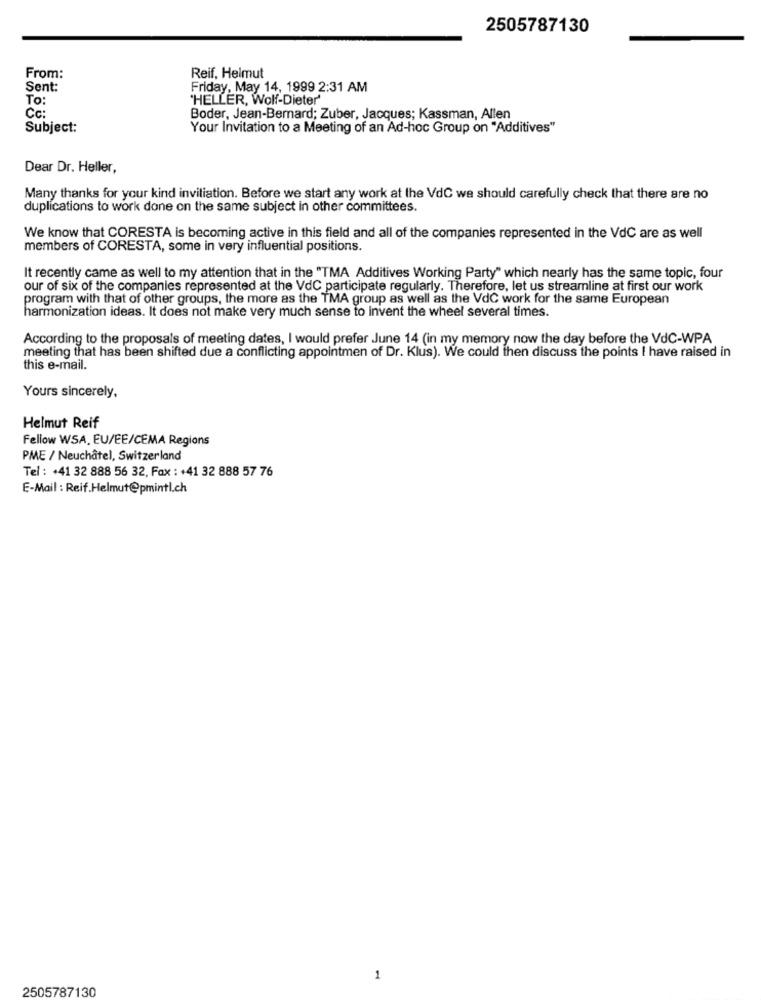
2505787130
From:
Reif, Helmut
Sent:
Friday, May 14, 1999 2:31 AM
To:
'HELLER, Wolf-Dieter'
Cc:
Boder, Jean-Bernard; Zuber, Jacques; Kassman, Allen
Subject:
Your Invitation to a Meeting of an Ad-hoc Group on "Additives"
Dear Dr. Heller,
Many thanks for your kind inviliation. Before we start any work at the VdC we should carefully check that there are no
duplications to work done on the same subject in other committees.
We know that CORESTA is becoming active in this field and all of the companies represented in the VdC are as well
members of CORESTA, some in very influential positions.
It recently came as well to my attention that in the "TMA Additives Working Party" which nearly has the same topic, four
our of six of the companies represented at the VdC participate regularly. Therefore, let us streamline at first our work
program with that of other groups, the more as the TMA group as well as the VdC work for the same European
harmonization ideas. It does not make very much sense to invent the wheel several times.
According to the proposals of meeting dates, I would prefer June 14 (in my memory now the day before the VdC-WPA
meeting that has been shifted due a conflicting appointmen of Dr. Klus). We could then discuss the points I have raised in
this e-mail.
Yours sincerely,
Helmut Reif
Fellow WSA. EU/EE/CEMA Regions
PME / Neuchâtel, Switzerland
Tel : +41 32 888 56 32, Fax : +41 32 888 57 76
E-Mail : Reif.Helmut@pmintl.ch
1
2505787130